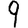
Digit: 9